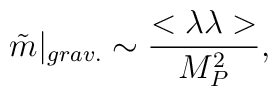
\tilde m|_{grav.} \sim {<\lambda \lambda> \over M_P^2},